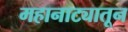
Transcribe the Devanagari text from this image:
महानाट्यातून